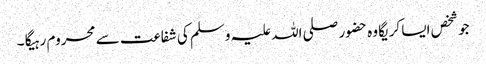
جو شخص ایسا کریگا وہ حضور صلی اللہ علیہ وسلم کی شفاعت سے محروم رہیگا ۔